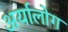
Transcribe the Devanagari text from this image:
अर्यालोग